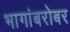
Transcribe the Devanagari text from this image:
भागांबरोबर